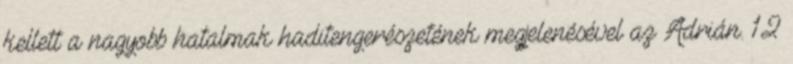
kellett a nagyobb hatalmak haditengerészetének megjelenésével az Adrián. 12